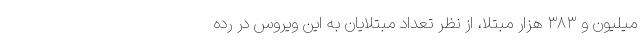
میلیون و ۳۸۳ هزار مبتلا، از نظر تعداد مبتلایان به این ویروس در رده